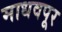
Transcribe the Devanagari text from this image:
माधवपूर